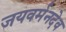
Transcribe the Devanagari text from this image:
जयवर्मनदेव